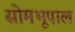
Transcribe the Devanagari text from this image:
सोमभूपाल